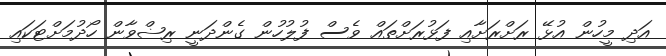
އަދި މީހުން އުޅޭ ރަށްރަށާއި ފަޅުރަށްތައް ވެސް ފުލުހުން ގެންދަނީ ރިޟްވާން ހޯދުމަށްޓަކައި